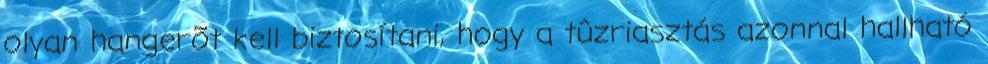
olyan hangerõt kell biztosítani, hogy a tûzriasztás azonnal hallható